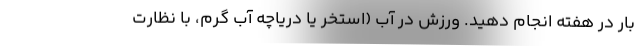
بار در هفته انجام دهید. ورزش در آب (استخر یا دریاچه آب گرم، با نظارت